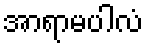
အာရာမပါလံ